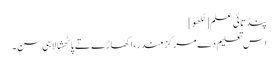
پنڈتائی علم[لکھو]
اس تعلیم دے مرکز مندر،اکھاڑے تے پاٹھشالا ہی سن۔